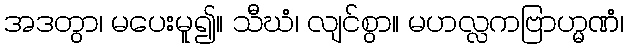
အဒတွာ၊ မပေးမူ၍။ သီဃံ၊ လျင်စွာ။ မဟလ္လကဗြာဟ္မဏံ၊